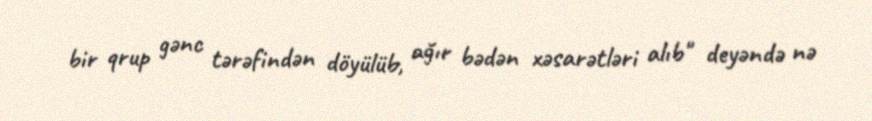
bir qrup gənc tərəfindən döyülüb, ağır bədən xəsarətləri alıb" deyəndə nə